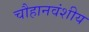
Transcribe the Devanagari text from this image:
चौहानवंशीय